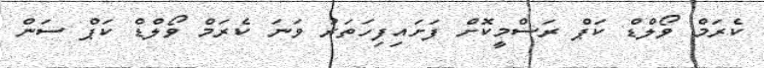
ކެރަމް ވޯލްޑް ކަޕް ރަސްމީކޮށް ފަށައިފިހަތަރު ވަނަ ކެރަމް ވޯލްޑް ކަޕް ސަން